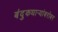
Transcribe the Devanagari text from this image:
बंदुकधार्‍यांबरोबर